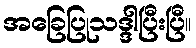
အခြေပြုသဒ္ဒါပြီးပြီ။